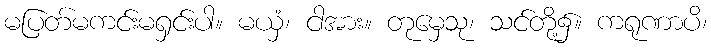
မပြတ်မကင်းမရှင်းပါ။ မယှံ၊ ငါအား။ တုမှေသု၊ သင်တို့၌။ ကရုဏာပိ၊